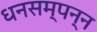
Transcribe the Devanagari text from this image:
धनसम्पन्न